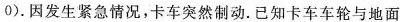
0$$)。因发生紧急情况，卡车突然制动。已知卡车车轮与地面